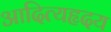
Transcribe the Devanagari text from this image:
आदित्यहृदय